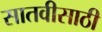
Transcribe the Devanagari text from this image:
सातवीसाठी